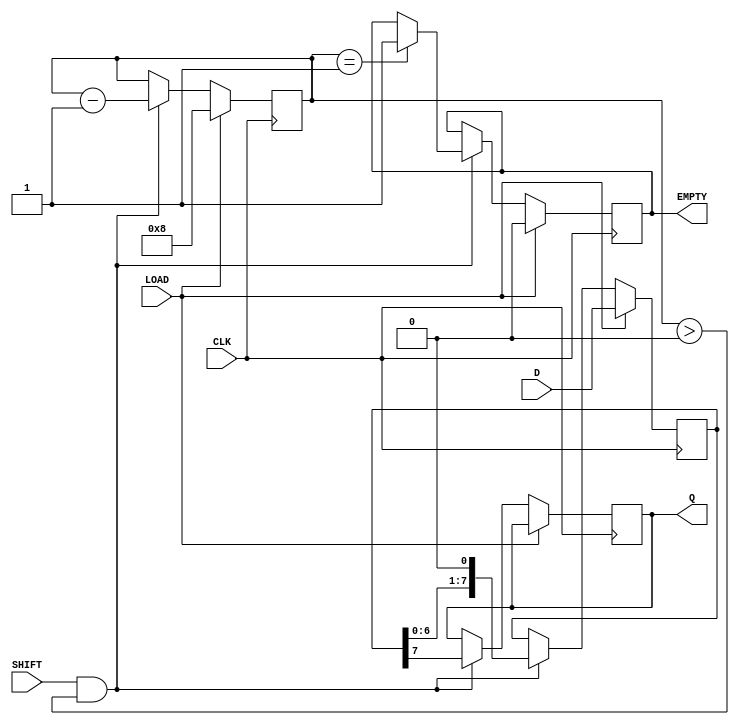
module PISO_Register #(parameter WIDTH = 8) (
    input wire [WIDTH-1:0] D,       // Parallel data inputs
    input wire CLK,                  // Clock signal
    input wire LOAD,                 // Load enable signal
    input wire SHIFT,                // Shift enable signal
    output reg Q,                    // Serial output
    output reg EMPTY                 // Empty status signal
);

    reg [WIDTH-1:0] shift_reg;      // Shift register to hold the data
    reg [3:0] shift_count;           // Counter to keep track of the number of bits shifted out

    // Initial state
    initial begin
        shift_reg = 0;
        Q = 0;
        EMPTY = 1;
        shift_count = 0;
    end

    // Sequential logic for loading and shifting
    always @(posedge CLK) begin
        if (LOAD) begin
            // Load data into the shift register
            shift_reg <= D;
            shift_count <= WIDTH; // Set shift count to width
            EMPTY <= 0;           // Mark as not empty
        end else if (SHIFT && shift_count > 0) begin
            // Shift data out serially
            Q <= shift_reg[WIDTH-1]; // Output the MSB
            shift_reg <= shift_reg << 1; // Shift left
            shift_count <= shift_count - 1; // Decrease shift count
            if (shift_count == 1) begin
                EMPTY <= 1;           // Mark as empty when last bit is shifted
            end
        end
    end

endmodule